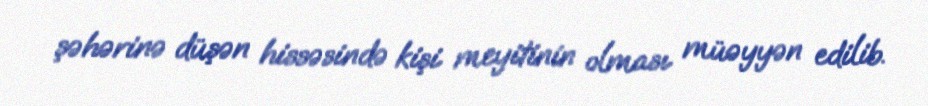
şəhərinə düşən hissəsində kişi meyitinin olması müəyyən edilib.